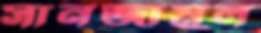
সানজামুল